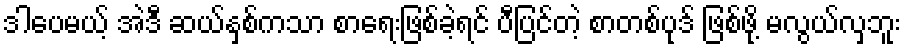
ဒါပေမယ့် အဲဒီ ဆယ်နှစ်ကသာ စာရေးဖြစ်ခဲ့ရင် ပီပြင်တဲ့ စာတစ်ပုဒ် ဖြစ်ဖို့ မလွယ်လှဘူး